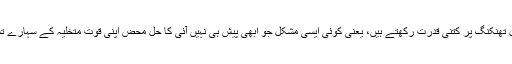
اور آپ ضدِ حقائق سوچ یا کاؤنٹر فیکچوئل تھِنکِنگ پر کتنی قدرت رکھتے ہیں، یعنی کوئی ایسی مشکل جو ابھی پیش ہی نہیں آئی کا حل محض اپنی قوت متخلیہ کے سہارے تلاش کرنے کی استعداد آپ میں کتنی ہے؟